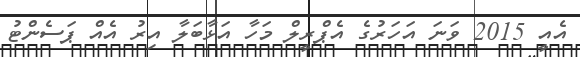
އެއީ 2015 ވަނަ އަހަރުގެ އެޕްރީލް މަހާ އަޅާބަލާ އިރު އެއް ޕަސެންޓު